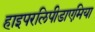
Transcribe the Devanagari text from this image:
हाइपरलिपीडाएमिया